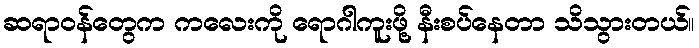
ဆရာဝန်တွေက ကလေးကို ရောဂါကူးဖို့ နီးစပ်နေတာ သိသွားတယ်။